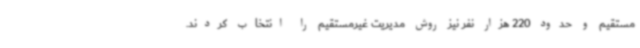
مستقیم و حدود 220 هزار نفر نیز روش مدیریت غیرمستقیم را انتخاب کردند.